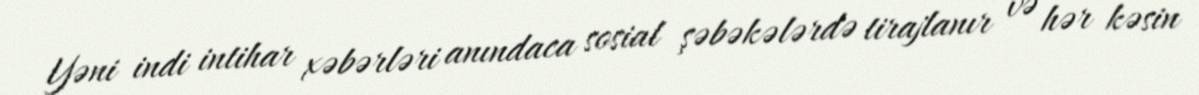
Yəni indi intihar xəbərləri anındaca sosial şəbəkələrdə tirajlanır və hər kəsin